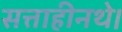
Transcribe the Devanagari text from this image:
सत्ताहीनथे।